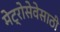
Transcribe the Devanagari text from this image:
मेट्रोसेवेसाठी